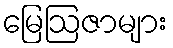
မြေဩဇာများ